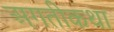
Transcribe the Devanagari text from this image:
अगतीकथा